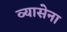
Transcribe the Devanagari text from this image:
व्यासेना